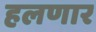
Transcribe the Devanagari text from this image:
हलणार